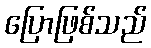
ပြောဖြစ်သည်